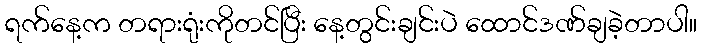
ရက်နေ့က တရားရုံးကိုတင်ပြီး နေ့တွင်းချင်းပဲ ထောင်ဒဏ်ချခဲ့တာပါ။